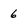
Character: 6